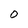
Character: O